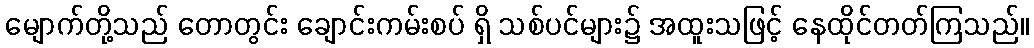
မျောက်တို့သည် တောတွင်း ချောင်းကမ်းစပ် ရှိ သစ်ပင်များ၌ အထူးသဖြင့် နေထိုင်တတ်ကြသည်။